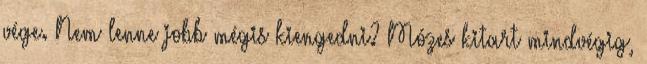
vége. Nem lenne jobb mégis kiengedni? Mózes kitart mindvégig,